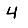
Digit: 4